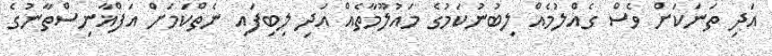
އަދި ތަނަކަށް ވެސް ގެއްލުމެއް ލިބުނުކަމުގެ މައުލޫމާތެއް އަދި ލިބިފައި ނެތްކަމަށް އަފްޣާނިސްތާނުގެ